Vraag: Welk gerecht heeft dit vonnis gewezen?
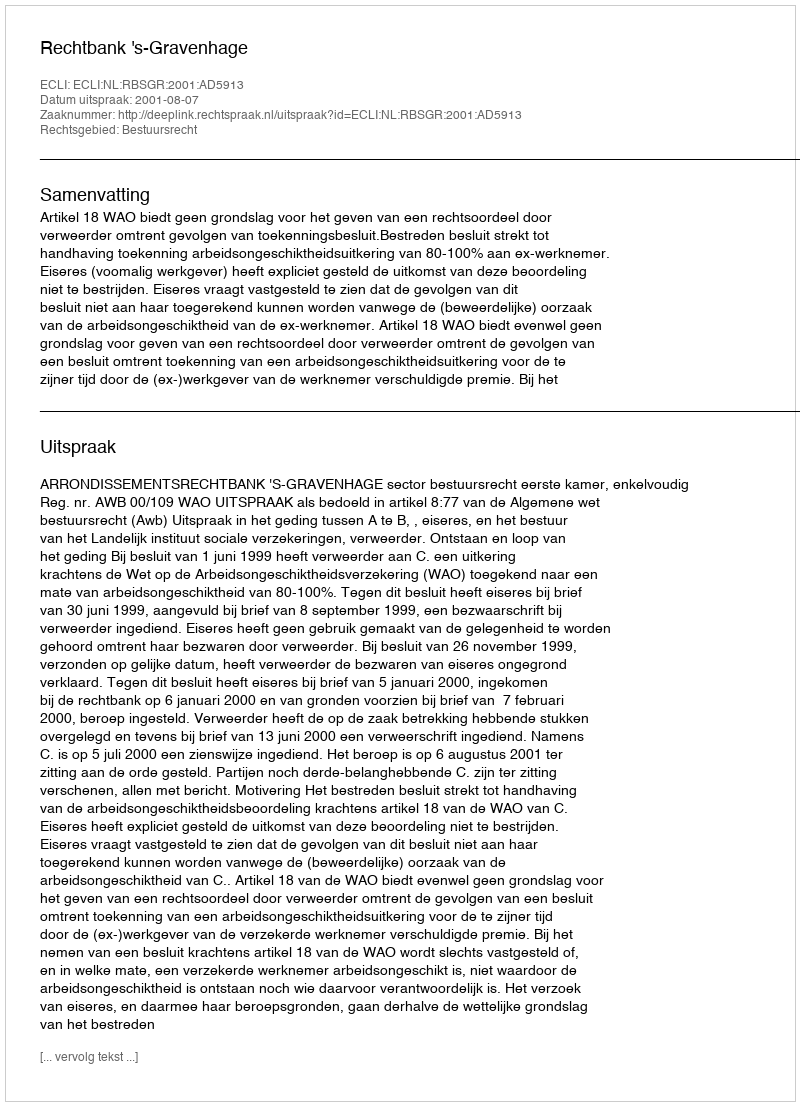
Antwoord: Rechtbank 's-Gravenhage